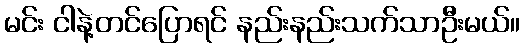
မင်း ငါနဲ့တင်ပြောရင် နည်းနည်းသက်သာဦးမယ်။